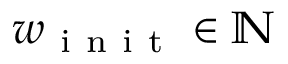
w _ { \mathrm { ~ i ~ n ~ i ~ t ~ } } \in \mathbb { N }